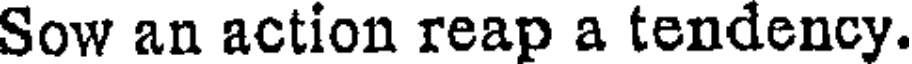
Sow an action reap a tendency.